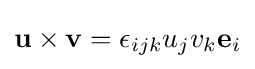
\mathbf {u} \times \mathbf {v} =\epsilon _{ijk}{u}_{j}{v}_{k}\mathbf {e} _{i}